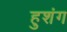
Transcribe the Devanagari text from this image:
हुशंग